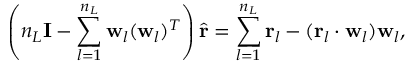
\left( n _ { L } \mathbf { I } - \sum _ { l = 1 } ^ { n _ { L } } \mathbf { w } _ { l } ( \mathbf { w } _ { l } ) ^ { T } \right) \hat { \mathbf { r } } = \sum _ { l = 1 } ^ { n _ { L } } \mathbf { r } _ { l } - ( \mathbf { r } _ { l } \cdot \mathbf { w } _ { l } ) \mathbf { w } _ { l } ,